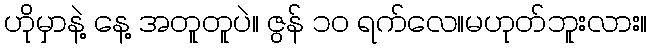
ဟိုမှာနဲ့ နေ့ အတူတူပဲ။ ဇွန် ၁၀ ရက်လေ။မဟုတ်ဘူးလား။